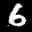
Label: 6